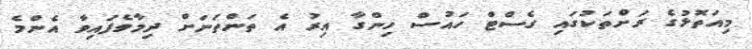
މިއަތޮޅުގެ ރަށްތަކުގައި ގެސްޓް ހައުސް ހިންގާ އިރު އެ ތަންތަނަށް ދިމާވެފައިވާ އެންމެ